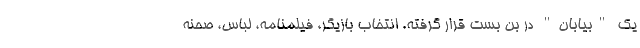
یک "بیابان" در بن بست قرار گرفته. انتخاب بازیگر، فیلمنامه، لباس، صحنه